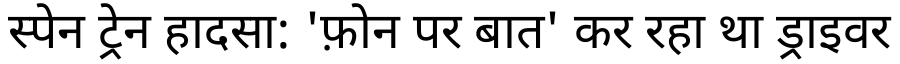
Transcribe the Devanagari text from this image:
स्पेन ट्रेन हादसा: 'फ़ोन पर बात' कर रहा था ड्राइवर